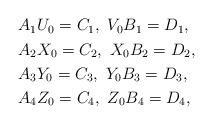
LaTeX: \begin{align*}\begin{aligned}&A_{1}U_{0}=C_{1},\ V_{0}B_{1}=D_{1},\\&A_{2}X_{0}=C_{2},\ X_{0}B_{2}=D_{2},\\&A_{3}Y_{0}=C_{3},\ Y_{0}B_{3}=D_{3},\\&A_{4}Z_{0}=C_{4},\ Z_{0}B_{4}=D_{4},\end{aligned}\end{align*}